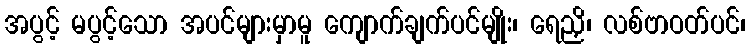
အပွင့် မပွင့်သော အပင်များမှာမူ ကျောက်ချက်ပင်မျိုး၊ ရေညှိ၊ လစ်ဗာဝတ်ပင်၊